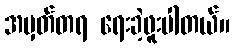
အမှတ်တရ ရေးခဲ့ဖူးပါတယ်။